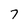
Character: 7